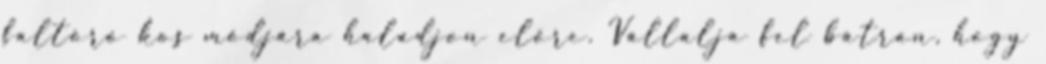
faltörő kos módjára haladjon előre. Vállalja fel bátran, hogy